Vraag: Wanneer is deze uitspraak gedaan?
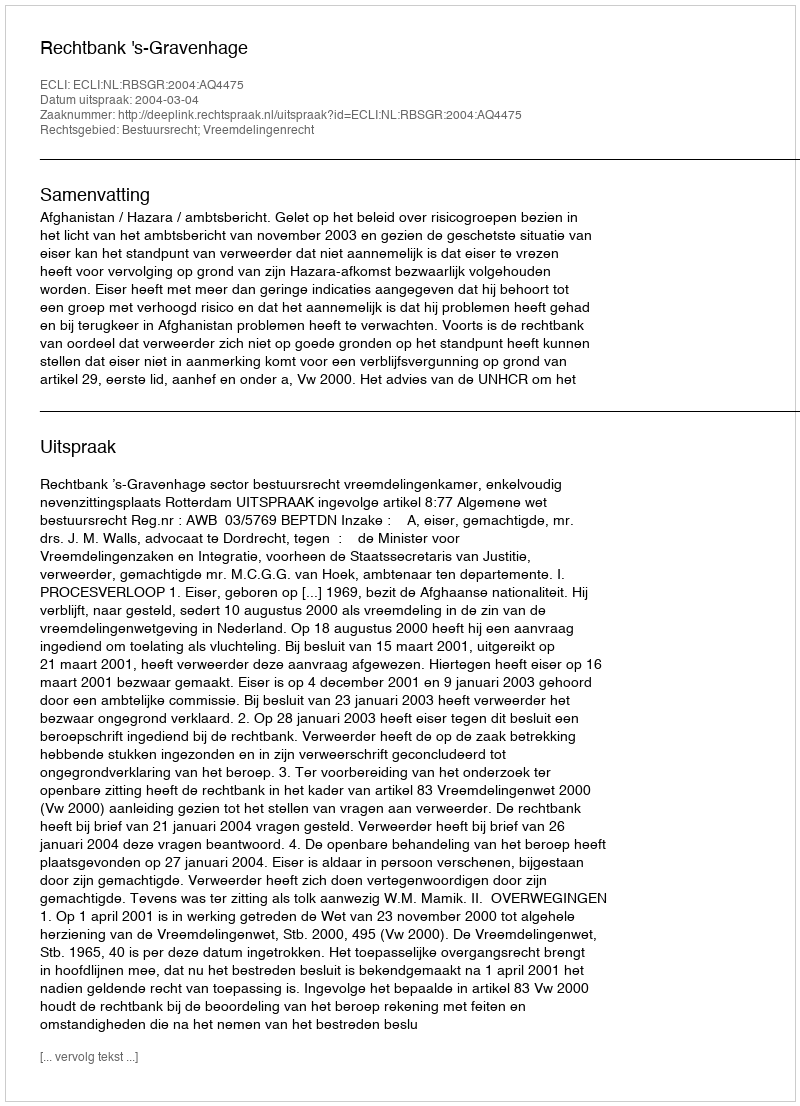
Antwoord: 2004-03-04